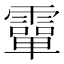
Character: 𩅦